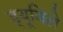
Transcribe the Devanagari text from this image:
ड्यूविले